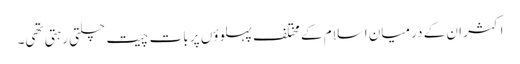
اکثر ان کے درمیان اسلام کے مختلف پہلوؤں پر بات چیت چلتی رہتی تھی۔